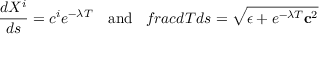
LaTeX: \frac { d X ^ { i } } { d s } = c ^ { i } e ^ { - \lambda T } \ \ \ \mathrm { a n d } \ \ \, f r a c { d T } { d s } = \sqrt { \epsilon + e ^ { - \lambda T } { \bf c } ^ { 2 } }